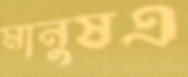
মানুষএ